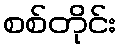
စစ်တိုင်း